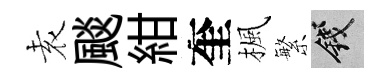
𡊮颷紺奎楓繁錢